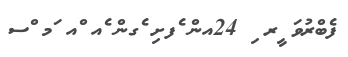
ފެބްރުވަ ީރ ި 24އން ެފށި ެގން ެއ ްއ ަމ ްސ